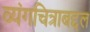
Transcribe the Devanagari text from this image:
व्यंगचित्राबद्दल